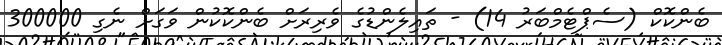
ބެންކޮކް (ސެޕްޓެމްބަރު 14) - ތައިލެންޑުގެ ވެރިރަށް ބެންކޮކުން ވަގަށް ނެގި 300000